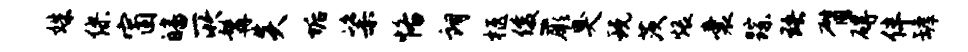
姝缪窗皤所髯炎垢粢恪朗柩俊蕨臭玩茨煨囊踪珞臂碍伴罅